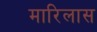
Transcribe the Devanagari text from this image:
मारिलास